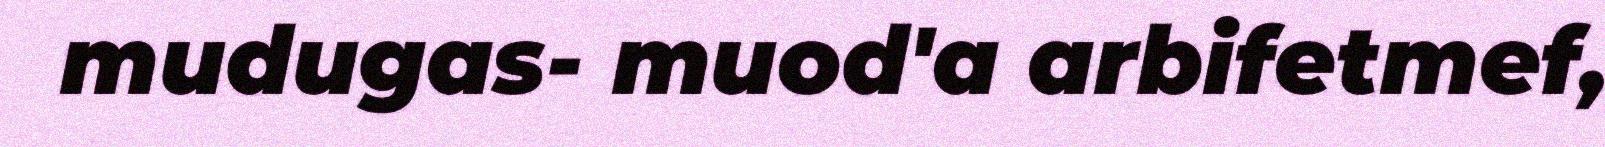
mudugas- muod'a arbifetmef,